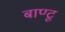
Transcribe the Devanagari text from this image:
बाण्टू